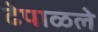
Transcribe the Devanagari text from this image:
ढेपाळले